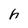
Character: h